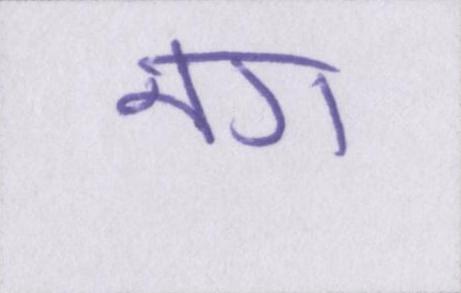
नग